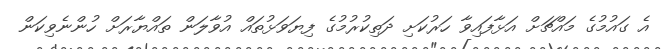
އެ ގައުމުގެ މައްޗަށް އަޅާފައިވާ ހަރުކަށި ދަތިކުރުމުގެ ފިޔަވަޅުތައް އުވާލަން ތައްޔާރަށް ހުންނެވިކަން